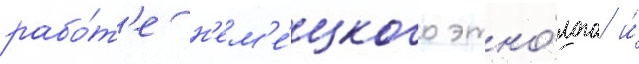
рабо́т'е н'ем'е́цкого этно́лога и́